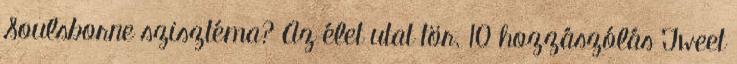
Soulsborne szisztéma? Az élet utat tör. 10 hozzászólás Tweet